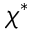
\chi ^ { * }